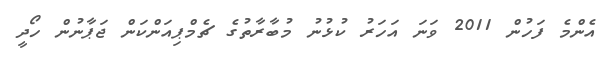
އެންމެ ފަހުން 2011 ވަނަ އަހަރު ކުޅުނު މުބާރާތުގެ ޗެމްޕިއަންކަން ޖަޕާނުން ހޯދީ